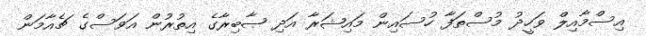
އިސްމާއިލް ވަހީދު މުސްތަފާ ހުސައިން މައިޝަރާ އަދި ޞާބިރާގެ އިތުރުން އަވަސްގެ ޗެއާމަން